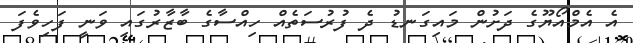
އެ އެމްއޯޔޫގެ ދަށުން މައިގަނޑު ދެ ފުރުސަތެއް ހިއްސާގެ ބާޒާރުގައި ވަނީ ފަހިވެފަ